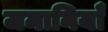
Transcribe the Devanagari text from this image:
जमानियाँ